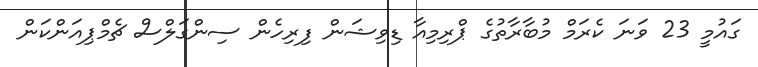
ގައުމީ 23 ވަނަ ކެރަމް މުބާރާތުގެ ޕްރިމިއާ ޑިވިޝަން ފިރިހެން ސިންގަލްސް ޗެމްޕިއަންކަން